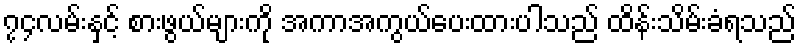
၇၄လမ်းနှင့် စားဖွယ်များကို အကာအကွယ်ပေးထားပါသည် ထိန်းသိမ်းခံရသည်